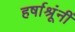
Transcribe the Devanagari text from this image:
हर्षाश्रूंनीं